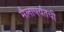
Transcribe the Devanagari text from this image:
मैलापर्यंतची